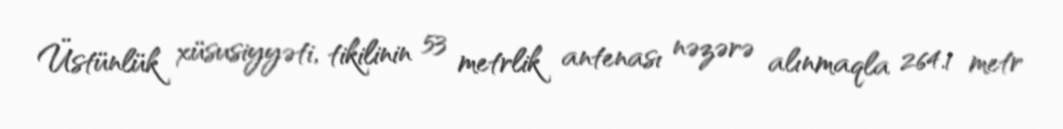
Üstünlük xüsusiyyəti, tikilinin 53 metrlik antenası nəzərə alınmaqla 264.1 metr